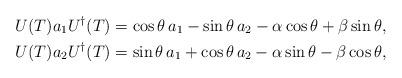
LaTeX: \begin{align*}\begin{aligned}U(T) a_1 U^{\dagger}(T)=\cos \theta\,a_1-\sin \theta\,a_2-\alpha \cos \theta+\beta \sin \theta,\\U(T) a_2 U^{\dagger}(T)=\sin \theta\,a_1+\cos \theta\,a_2-\alpha \sin \theta-\beta \cos \theta,\end{aligned}\end{align*}